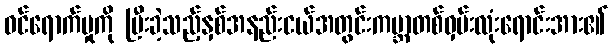
ဝင်ရောက်မှုကို ပြီးခဲ့သည့်နှစ်အနည်းငယ်အတွင်းကမ္ဘာတစ်ဝှမ်းလုံးရောင်းအား၏